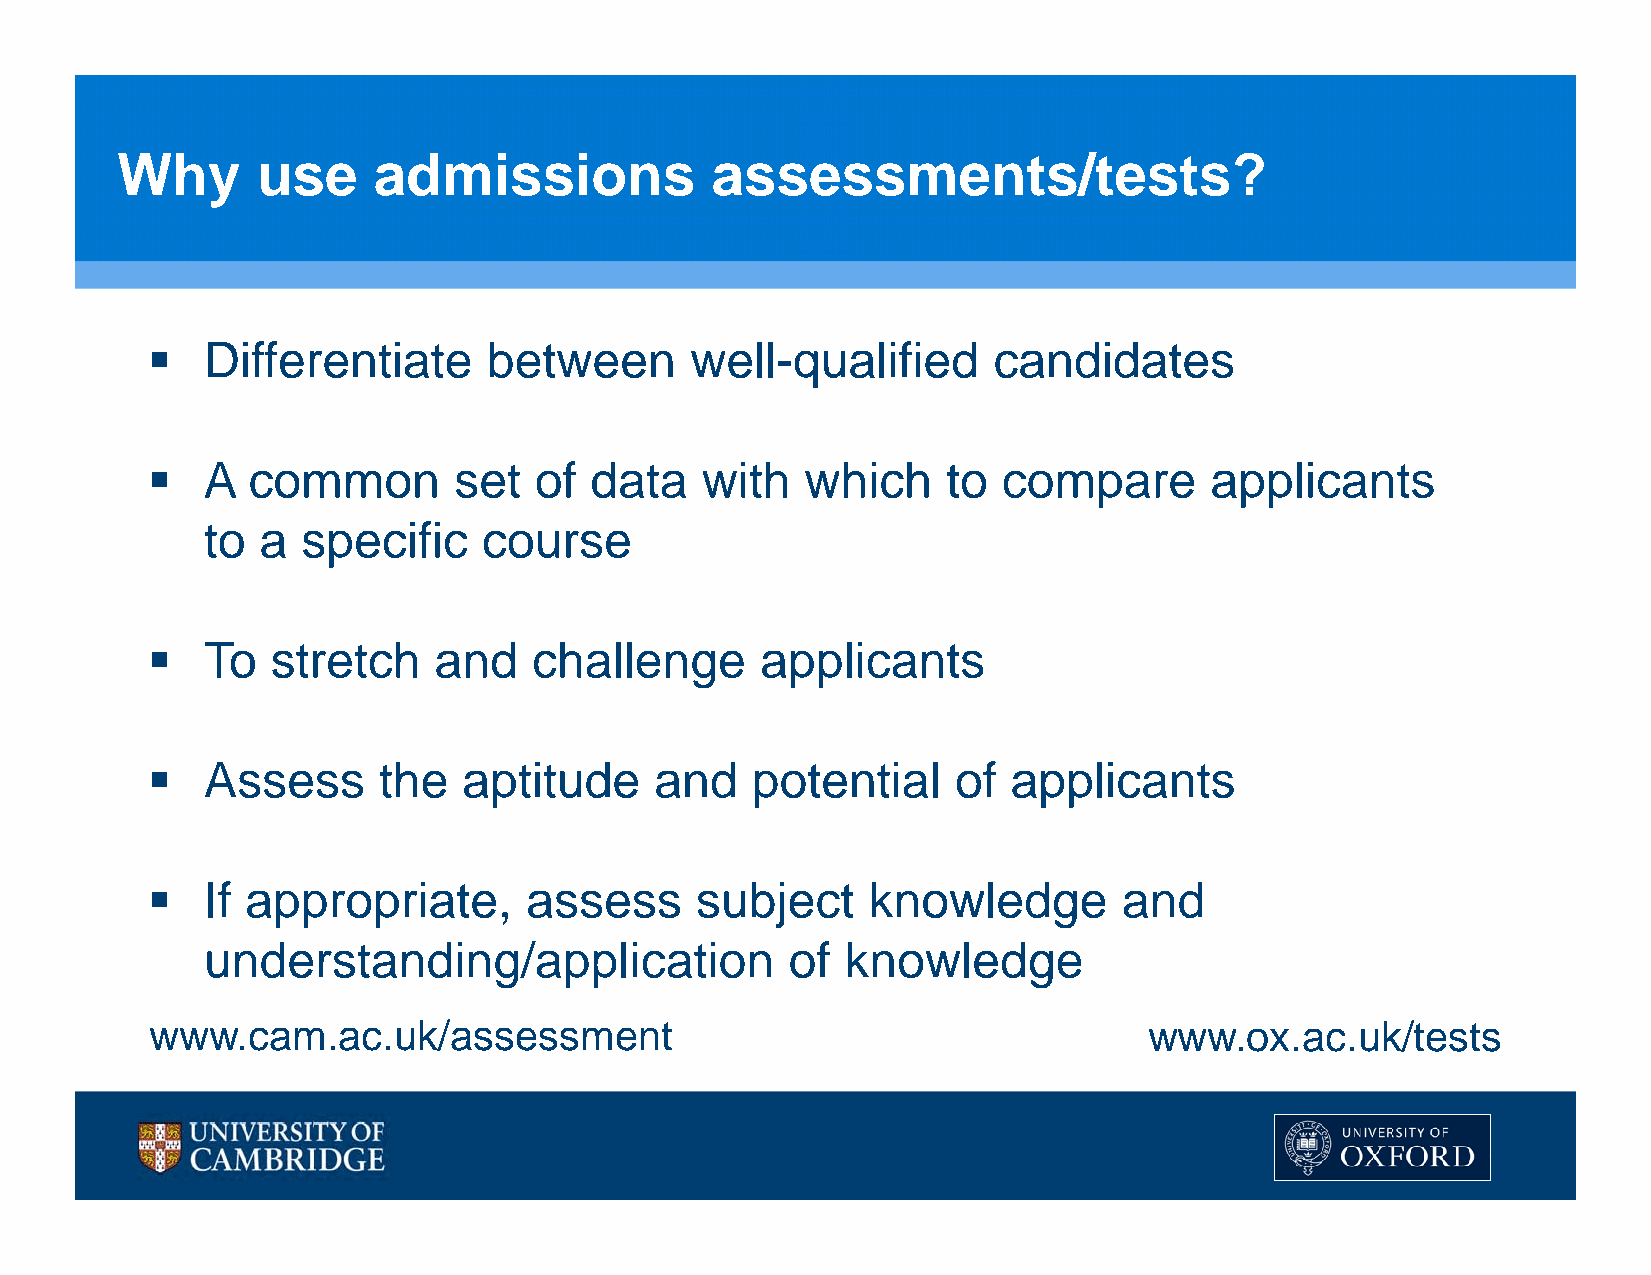
Why      use     admissions            assessments/tests?
   Differentiate      between       well-qualified      candidates
   A  common        set  of  data   with   which     to compare       applicants
 to  a  specific    course
   To   stretch    and   challenge      applicants
   Assess      the   aptitude    and    potential    of  applicants
   If appropriate,       assess     subject    knowledge        and
 understanding/application              of  knowledge
 www.cam.ac.uk/assessment                                          www.ox.ac.uk/tests